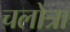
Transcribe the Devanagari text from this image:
चलोत्रा